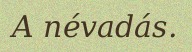
A névadás.